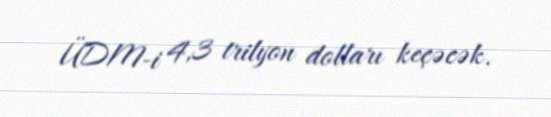
ÜDM-i 4,3 trilyon dolları keçəcək.